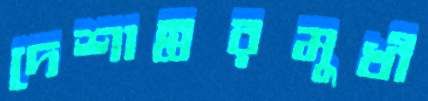
দেশান্তরমুখী